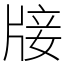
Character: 𤗈